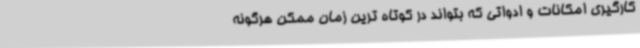
کارگیری امکانات و ادواتی که بتواند در کوتاه ترین زمان ممکن هرگونه